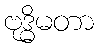
ဗုဒ္ဓိမတာ